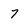
Character: 7